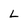
Character: L